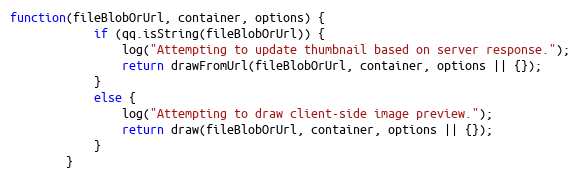
Language: JavaScript
function(fileBlobOrUrl, container, options) {
            if (qq.isString(fileBlobOrUrl)) {
                log("Attempting to update thumbnail based on server response.");
                return drawFromUrl(fileBlobOrUrl, container, options || {});
            }
            else {
                log("Attempting to draw client-side image preview.");
                return draw(fileBlobOrUrl, container, options || {});
            }
        }